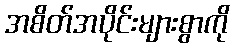
အစိတ်အပိုင်းများစွာကို